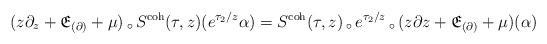
LaTeX: \begin{align*} (z\partial_z + \mathfrak{E}_{(\partial)} + \mu) \, _\circ \, S^\textnormal{coh}(\tau,z)(e^{\tau_2/z} \alpha) = S^\textnormal{coh}(\tau,z) \, _\circ \, e^{\tau_2/z} \, _\circ \, (z\partial z + \mathfrak{E}_{(\partial)} + \mu) (\alpha) \end{align*}